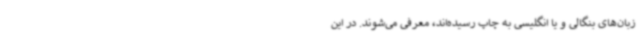
زبان‌های بنگالی و یا انگلیسی به چاپ رسیده‌اند، معرفی می‌شوند. در این